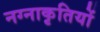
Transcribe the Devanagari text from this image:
नग्नाकृतियों